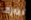
نصرف